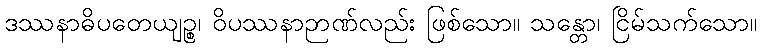
ဒဿနာဓိပတေယျဉ္စ၊ ဝိပဿနာဉာဏ်လည်း ဖြစ်သော။ သန္တော၊ ငြိမ်သက်သော။